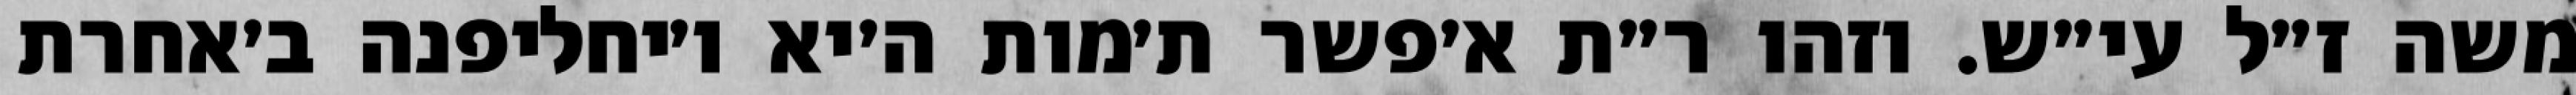
משה ז״ל עי״ש. וזהו ר״ת א׳פשר ת׳מות ה׳יא ו׳יחליפנה ב׳אחרת